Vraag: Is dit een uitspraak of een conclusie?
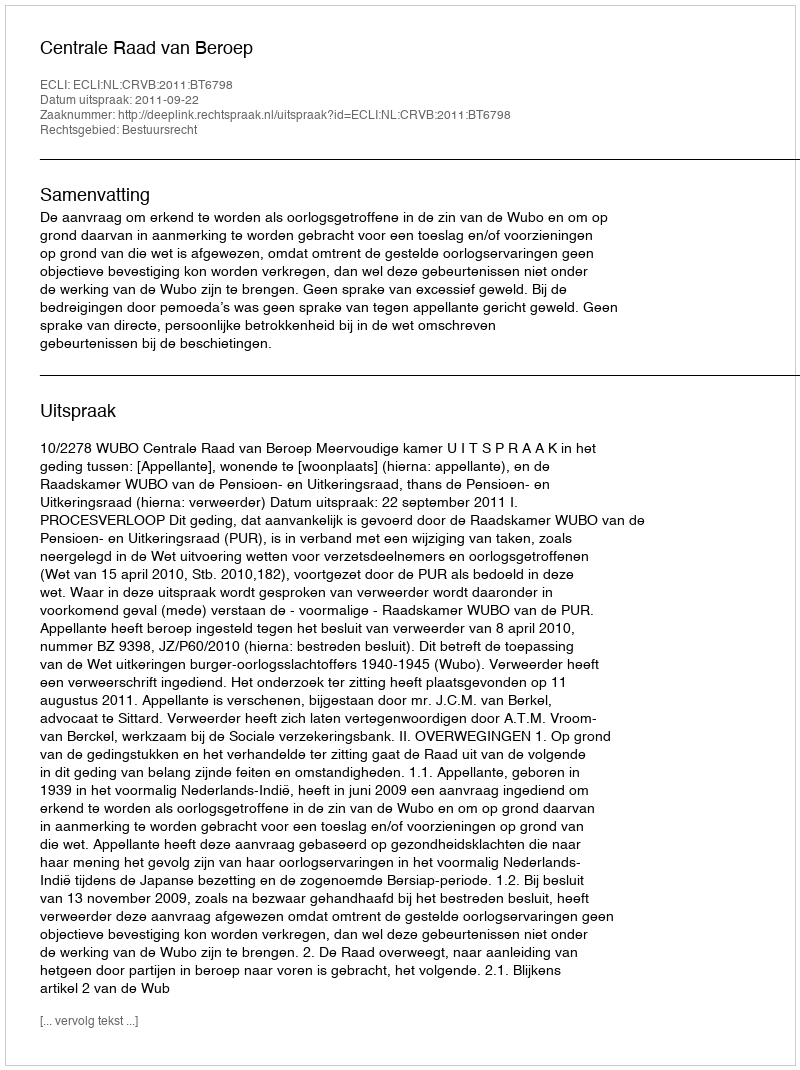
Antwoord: Uitspraak